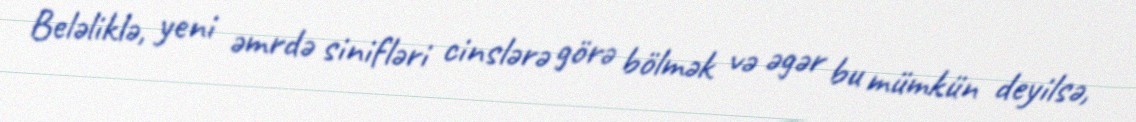
Beləliklə, yeni əmrdə sinifləri cinslərə görə bölmək və əgər bu mümkün deyilsə,